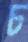
চ